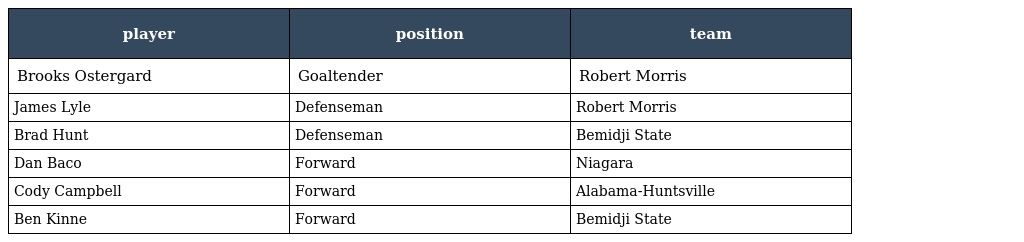
| player | position | team |
 | --- | --- | --- |
 | Brooks Ostergard | Goaltender | Robert Morris |
 | James Lyle | Defenseman | Robert Morris |
 | Brad Hunt | Defenseman | Bemidji State |
 | Dan Baco | Forward | Niagara |
 | Cody Campbell | Forward | Alabama-Huntsville |
 | Ben Kinne | Forward | Bemidji State |